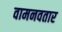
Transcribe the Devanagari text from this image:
वामनवतार